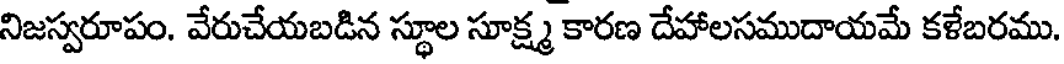
నిజస్వరూపం. వేరుచేయబడిన స్థూల సూక్ష్మ కారణ దేహాలసముదాయమే కళేబరము.